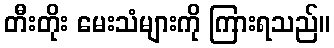
တီးတိုး မေးသံများကို ကြားရသည်။